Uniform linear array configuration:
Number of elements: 64
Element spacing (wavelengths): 1
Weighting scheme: cosine
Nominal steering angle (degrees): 45
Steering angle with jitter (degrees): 46.87
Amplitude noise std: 0.05
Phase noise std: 0.05

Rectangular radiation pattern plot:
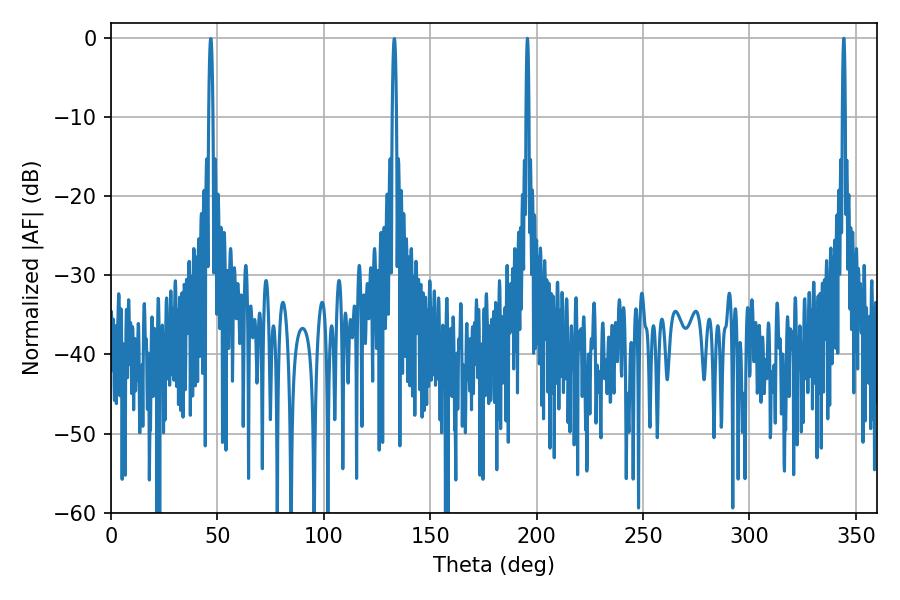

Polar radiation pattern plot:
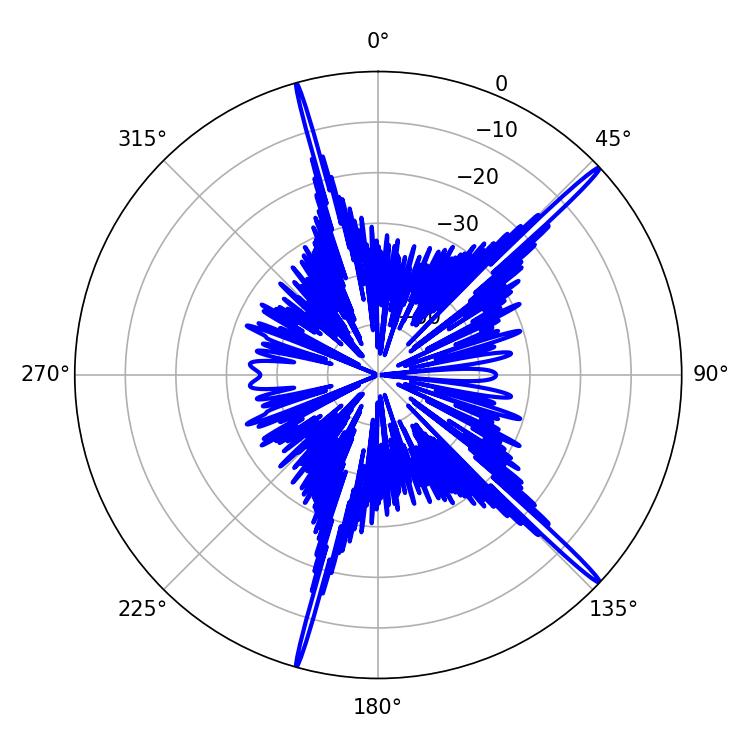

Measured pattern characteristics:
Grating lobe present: TRUE
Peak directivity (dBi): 19.082
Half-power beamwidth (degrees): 0.72
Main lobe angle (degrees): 195.66